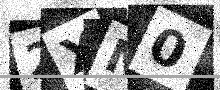
Text: 2XN0